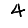
Digit: 4